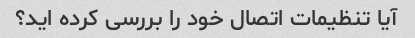
آیا تنظیمات اتصال خود را بررسی کرده اید؟